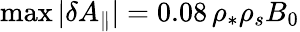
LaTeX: \operatorname*{max}|\delta A_{\parallel}|=0.08\, \rho_{*}\rho_{s}B_{0}